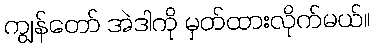
ကျွန်တော် အဲဒါကို မှတ်ထားလိုက်မယ်။